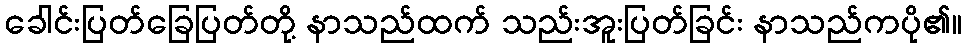
ခေါင်းပြတ်ခြေပြတ်တို့ နာသည်ထက် သည်းအူးပြတ်ခြင်း နာသည်ကပို၏။